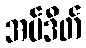
အပ်ဒိတ်